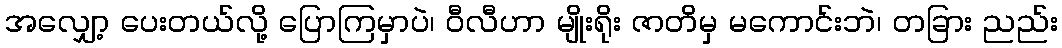
အလျှော့ ပေးတယ်လို့ ပြောကြမှာပဲ၊ ဝီလီဟာ မျိုးရိုး ဇာတိမှ မကောင်းဘဲ၊ တခြား ညည်း